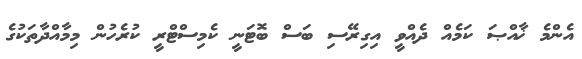
އެންމެ ޚާއްޞަ ކަމެއް ދެއްވީ އިގިރޭސި ބަސް ބޮޓަނީ ކެމިސްޓްރީ ކުރެހުން މިމާއްދާތަކުގެ